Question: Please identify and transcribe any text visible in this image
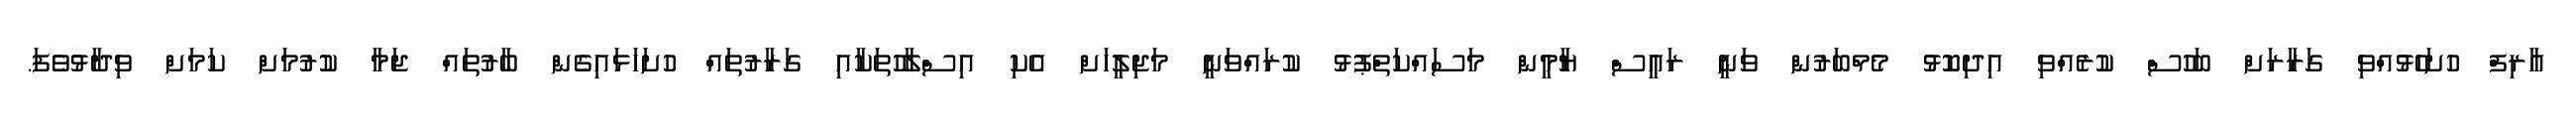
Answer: އާރިފް ހުށަހެޅުއްވި ގަރާރަށް ބަހުސް ކުރެއްވި އިދިކޮޅު މެމްބަރުން ވަނީ ރައީސް ޔާމީން މަސައްކަތްޕުޅު ކުރައްވަނީ މަޖިލީހަށް އެކި އިސްލާހުތަކާއި ގަރާރުތައް ހުށަހަޅައިގެން ބާރުތައް ޖަމާ ކުރުމަށް ކަމަށް ވިދާޅުވެފަ.